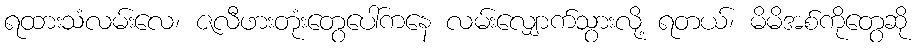
ရထားသံလမ်းလေ၊ ဇလီဖားတုံးတွေပေါ်ကနေ လမ်းလျှောက်သွားလို့ ရတယ်၊ မိမိအစ်ကိုတွေဆို